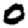
Digit: 0